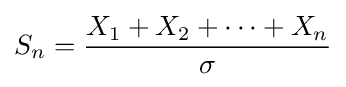
S_{n}={X_{1}+X_{2}+\cdots +X_{n} \over \sigma }